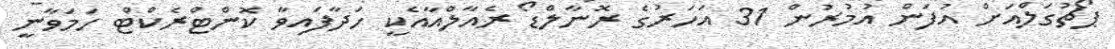
ޕޯޗުގަލްއަށް އުފަން އުމުރުން 31 އަހަރުގެ ރޮނާލްޑޯ ރެއާލްއާއެކީ ހަދާފައިވާ ކޮންޓްރެކްޓް ހަމަވާނީ